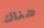
هناك